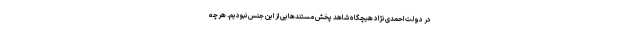
در دولت احمدی نژاد هیچگاه شاهد پخش مستندهایی از این جنس نبودیم. هرچه